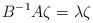
LaTeX: \begin{align*}B^{-1}A\zeta=\lambda\zeta\end{align*}